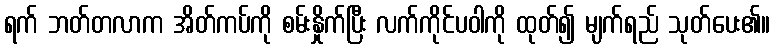
ရက် ဘတ်တလာက အိတ်ကပ်ကို စမ်းနှိုက်ပြီး လက်ကိုင်ပဝါကို ထုတ်၍ မျက်ရည် သုတ်ပေး၏။